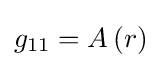
g_{11}=A\left(r\right)